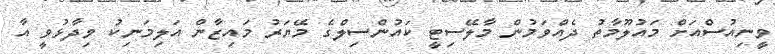
ވީނިއުސްއަށް މައުލޫމާތު ދެއްވަމުން މާލޭސިޓީ ކައުންސިލްގެ މޭޔަރު މައިޒާން އަލިމަނިކު ވިދާޅުވީ އާ